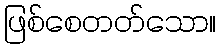
ဖြစ်စေတတ်သော။